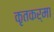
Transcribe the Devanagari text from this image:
कृतकर्मा